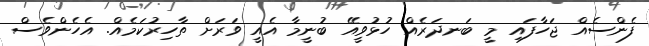
ފެންސެއް ޖަހާފައި މީ ބަނދަރެއް ހުޅުވީއޭ ބުނީމާ އެއީ ވަރަށް ތާހިރުކަމެއް. އެހެންވެސް